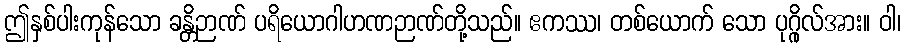
ဤနှစ်ပါးကုန်သော ခန္တိဉာဏ် ပရိယောဂါဟဏဉာဏ်တို့သည်။ ဧကဿ၊ တစ်ယောက် သော ပုဂ္ဂိုလ်အား။ ဝါ၊